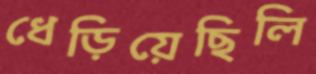
ধেড়িয়েছিলি